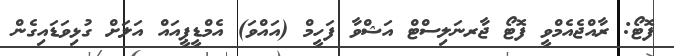
ފޮޓޯ: ރާއްޖެއެމްވީ ފޮޓޯ ޖާރނަލިސްޓް އަޝްވާ ފަހީމް (އައްވަ) އެމްޑީޕީއައް އަލަށް ގުޅިވަޑައިގެން